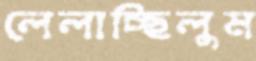
লেলাচ্ছিলুম